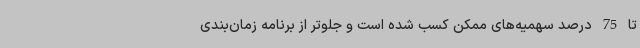
تا 75 درصد سهمیه‌های ممکن کسب شده است و جلوتر از برنامه زمان‌بندی